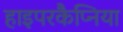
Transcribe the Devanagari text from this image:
हाइपरकैप्निया